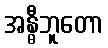
အန္ဓီဘူတော